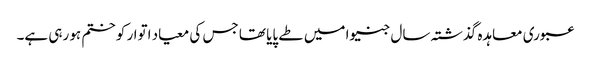
عبوری معاہدہ گذشتہ سال جنیوا میں طے پایا تھا جس کی معیاد اتوار کو ختم ہو رہی ہے۔